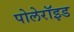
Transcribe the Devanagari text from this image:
पोलेरॉइड